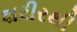
શરીરથી